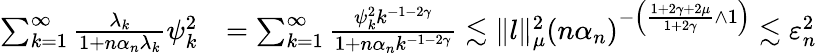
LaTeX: \begin{array}{rl}{\sum_{k=1}^{\infty}\frac{\lambda_{k}}{1+n{\alpha_{n}}\lambda_{k}}\psi_{k}^{2}}&{=\sum_{k=1}^{\infty}\frac{\psi_{k}^{2}k^{-1-2\gamma}}{1+n{\alpha_{n}}k^{-1-2\gamma}}\lesssim\| l\| _{\mu}^{2}(n\alpha_{n})^{-\left(\frac{1+2\gamma+2\mu}{1+2\gamma}\wedge 1\right)}\lesssim\varepsilon_{n}^{2}}\end{array}